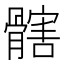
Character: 𩪃